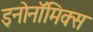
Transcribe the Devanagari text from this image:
इनोनॉमिक्स